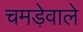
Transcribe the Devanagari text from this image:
चमड़ेवाले